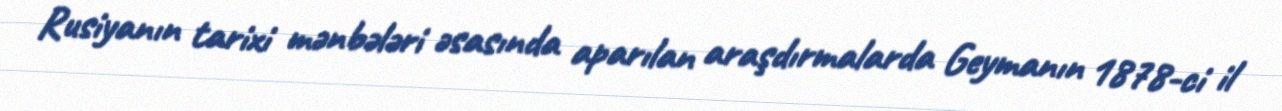
Rusiyanın tarixi mənbələri əsasında aparılan araşdırmalarda Geymanın 1878-ci il